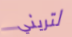
لتريني